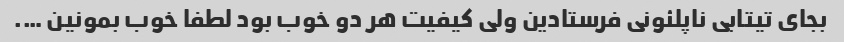
بجای تیتابی ناپلئونی فرستادین ولی کیفیت هر دو خوب بود لطفا خوب بمونین ….